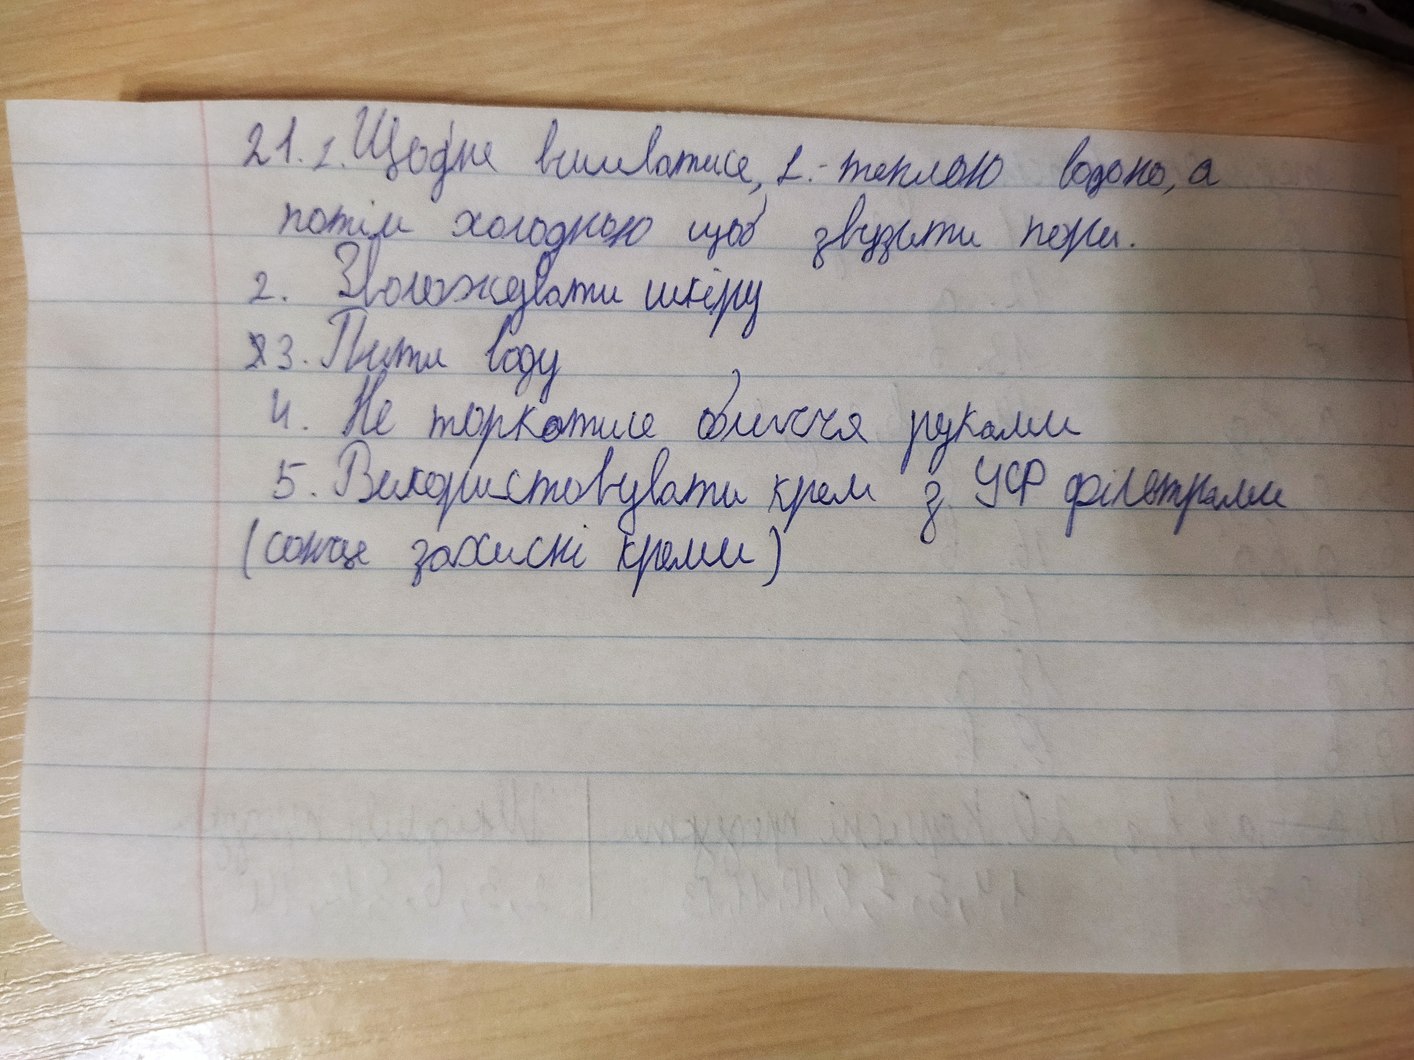
21.1. Щодня вмиватися, 2. - теплою водою, а
потім холодною щоб звузити пори.
2. Зволожувати шкіру
~~2~~3. Пити воду
4. Не торкатися обличчя руками
5. Використовувати крем з УФ фільтрами
(сонце захисні креми)